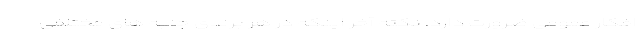
افکارِ عمومی ضرورت دارد. نکته آخر اینکه در هر برندی جنبه های مختلفی